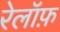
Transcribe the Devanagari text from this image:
रेलॉफ़